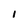
Character: 1